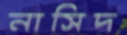
নাসিদ